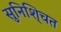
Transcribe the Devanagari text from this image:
सुनिशि्चत